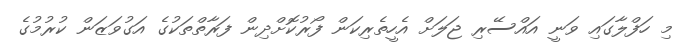
މި ހަފްލާގައި ވަނީ އައްސޭރި ޖަލަށް އެހީތެރިކަން ފޯރުކޮށްދިން ފަރާތްތަކުގެ އަގުވަޒަން ކުރުމުގެ